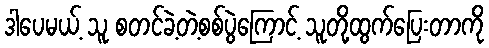
ဒါပေမယ့် သူ စတင်ခဲ့တဲ့စစ်ပွဲကြောင့် သူတို့ထွက်ပြေးတာကို